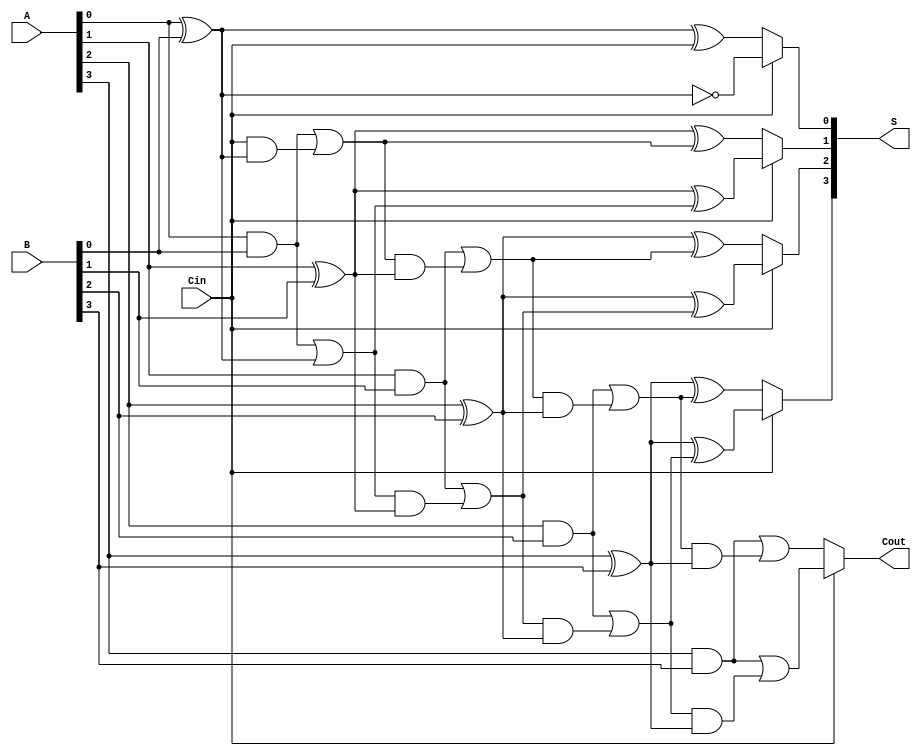
module Conditional_Sum_Adder #(parameter N = 4) (
    input [N-1:0] A,      // First n-bit binary number
    input [N-1:0] B,      // Second n-bit binary number
    input Cin,            // Carry-in signal
    output [N-1:0] S,     // Sum output
    output Cout           // Carry-out signal
);

    wire [N-1:0] C0;      // Carry assuming no carry-in
    wire [N-1:0] C1;      // Carry assuming carry-in
    wire [N-1:0] S0;      // Partial sum assuming no carry-in
    wire [N-1:0] S1;      // Partial sum assuming carry-in

    // Generate partial sums and carries
    genvar i;
    generate
        for (i = 0; i < N; i = i + 1) begin : CSA
            if (i == 0) begin
                // For the least significant bit
                assign S0[i] = A[i] ^ B[i] ^ Cin;
                assign S1[i] = A[i] ^ B[i] ^ 1'b1;
                assign C0[i] = (A[i] & B[i]) | (Cin & (A[i] ^ B[i]));
                assign C1[i] = (A[i] & B[i]) | (1'b1 & (A[i] ^ B[i])); // Same as C0[i] for this case
            end else begin
                // For other bits
                assign S0[i] = A[i] ^ B[i] ^ C0[i-1];
                assign S1[i] = A[i] ^ B[i] ^ C1[i-1];
                assign C0[i] = (A[i] & B[i]) | (C0[i-1] & (A[i] ^ B[i]));
                assign C1[i] = (A[i] & B[i]) | (C1[i-1] & (A[i] ^ B[i]));
            end
        end
    endgenerate

    // Final sum and carry-out
    generate
        for (i = 0; i < N; i = i + 1) begin : MUX
            assign S[i] = Cin ? S1[i] : S0[i];
        end
    endgenerate

    assign Cout = Cin ? C1[N-1] : C0[N-1];

endmodule